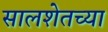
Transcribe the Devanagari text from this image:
सालशेतच्या